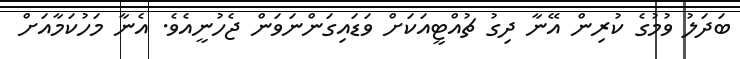
ބަދަލު ވުމުގެ ކުރިން އޭނާ ދިގު ޗުއްޓީއަކަށް ވަޑައިގަންނަވަން ޖެހުނީއެވެ. އެނާ މަހުކަމާއަށް